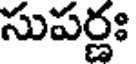
సుపర్ణః